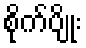
စိုက်ပျိုး